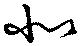
北